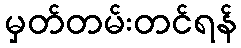
မှတ်တမ်းတင်ရန်